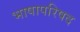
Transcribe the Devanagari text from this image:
भाषापरिषद